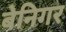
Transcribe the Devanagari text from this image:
बेनिगर